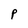
Character: P